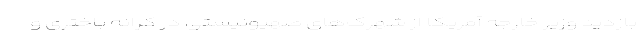
بازدید وزیر خارجه آمریکا از شهرک‌های صهیونیستی در کرانه باختری و